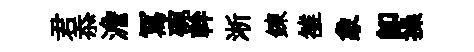
君忝澹冩碗幹淅鍊雒象即操